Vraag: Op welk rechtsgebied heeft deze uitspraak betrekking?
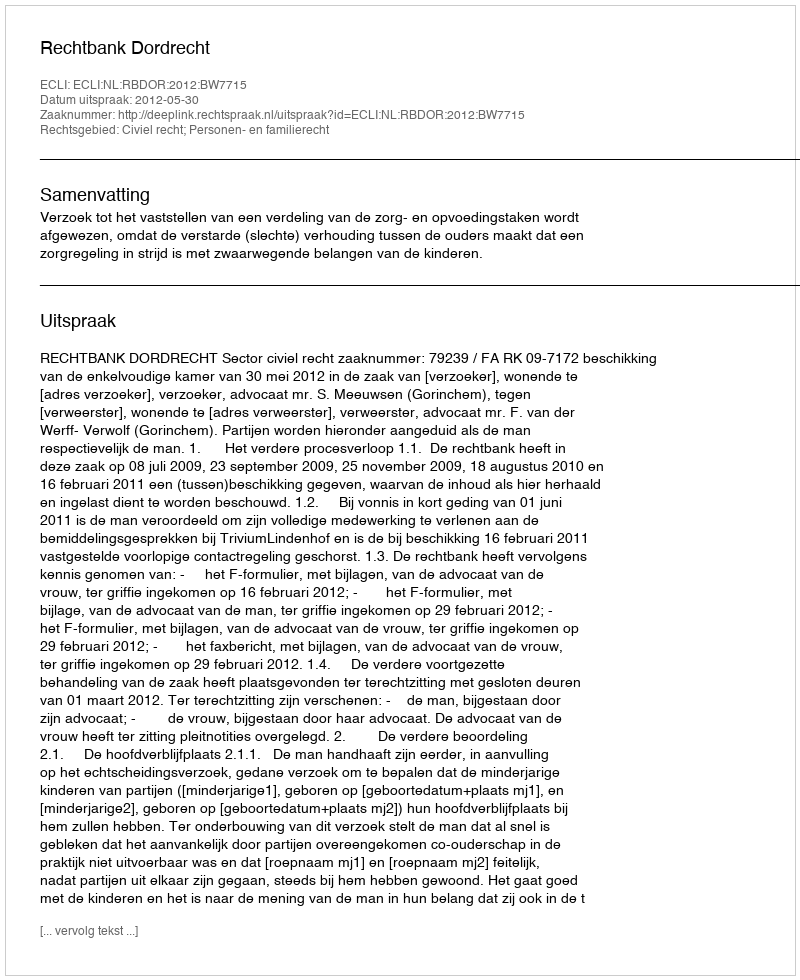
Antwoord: Civiel recht; Personen- en familierecht